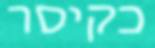
כקיסר